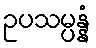
ဥပသမ္ပန္နံ